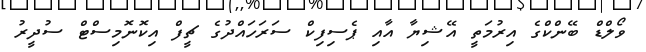
ވޯލްޑް ބޭންކްގެ އިރުމަތީ އޭޝިޔާ އާއި ޕެސިފިކް ސަރަހައްދުގެ ޗީފް އިކޮނޮމިސްޓް ސުދީރު